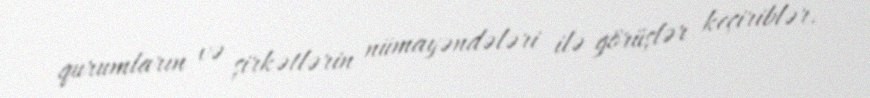
qurumların və şirkətlərin nümayəndələri ilə görüşlər keçiriblər.